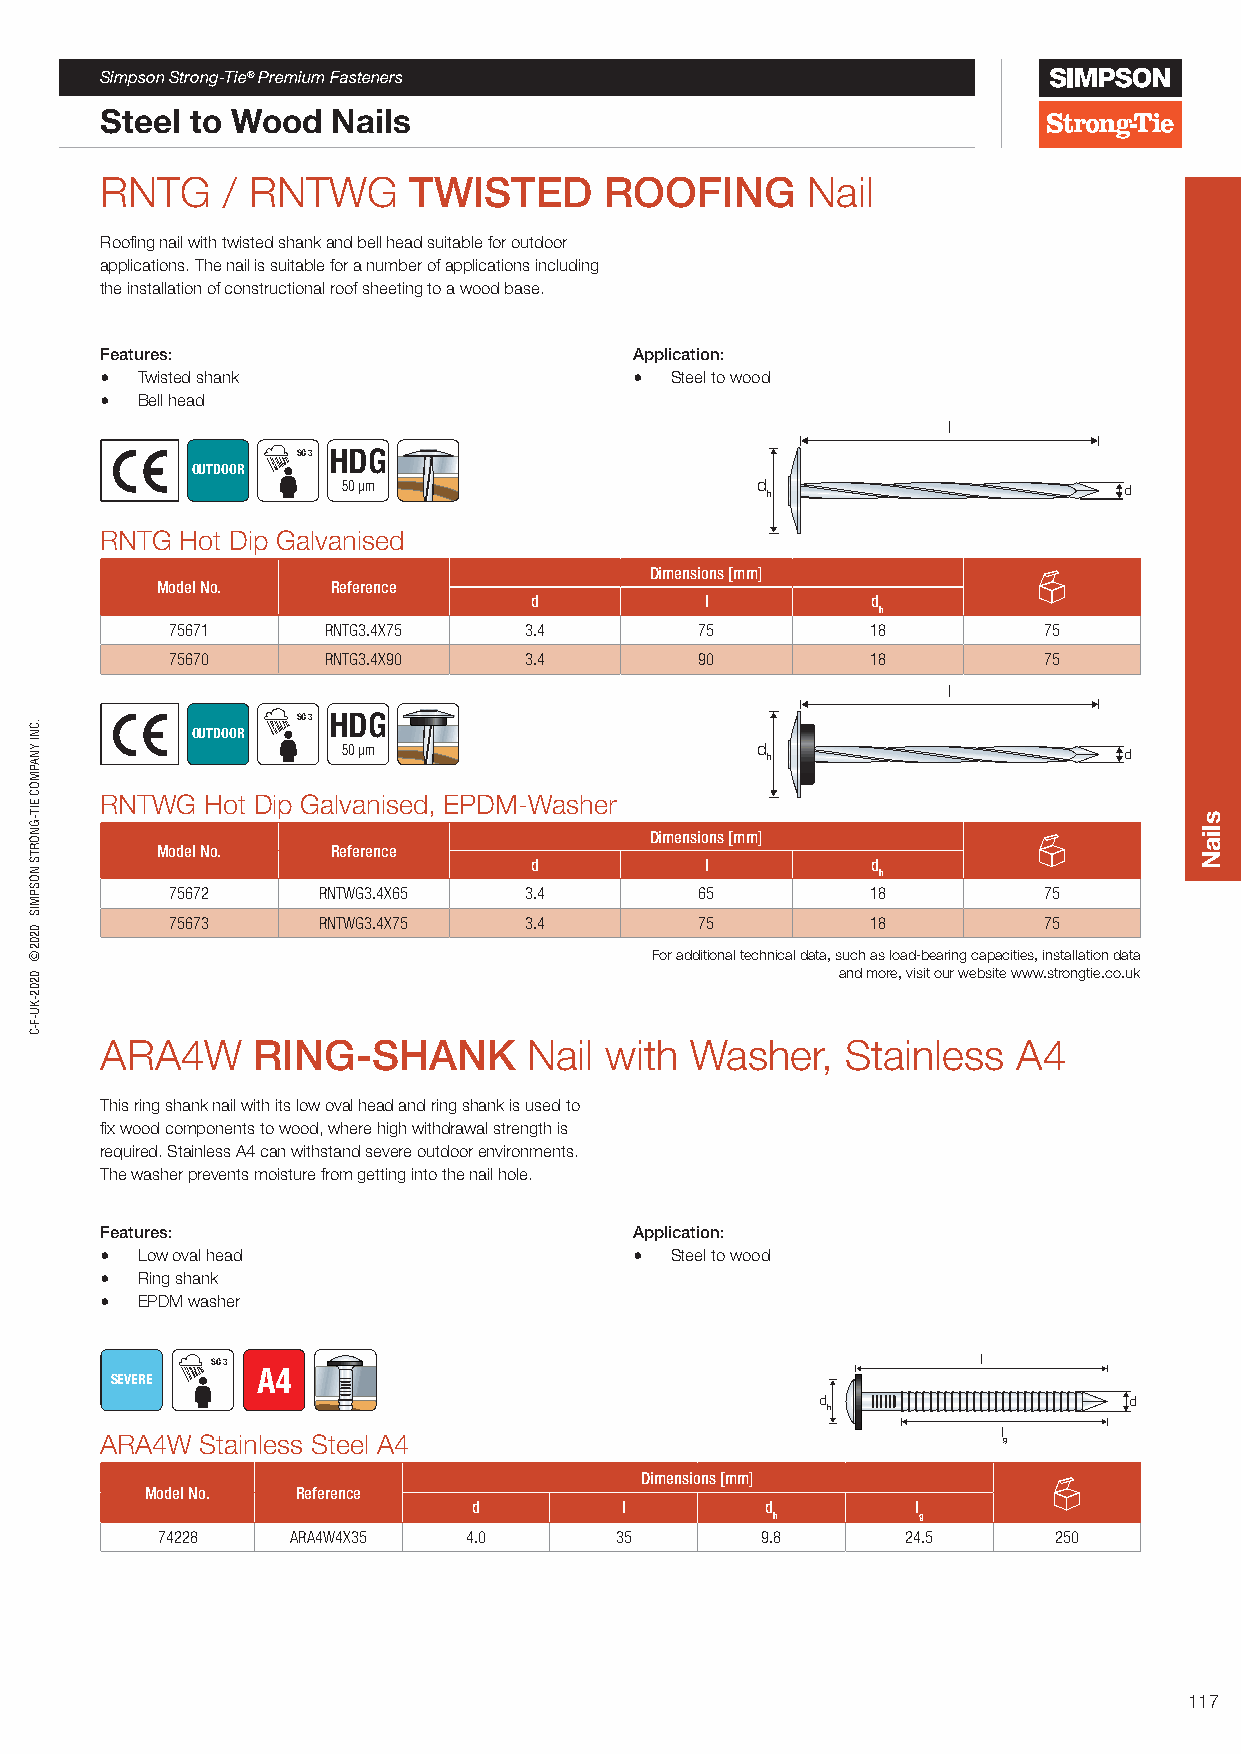
Simpson Strong-Tie® Premium Fasteners
 Steel to Wood  Nails
 RNTG    / RNTWG     TWISTED      ROOFING      Nail
 Roofing nail with twisted shank and bell head suitable for outdoor
 applications. The nail is suitable for a number of applications including
 the installation of constructional roof sheeting to a wood base.
 Features:                          Application:
 • Twisted shank                    • Steel to wood
 • Bell head
 l
 SC 3 HDG
 OUTDOOR
 50 µm                      d h                     d
 RNTG Hot Dip Galvanised
 Dimensions [mm]
 Model No.   Reference
 d           l          d
 h
 75671      RNTG3.4X75   3.4        75          18         75
 75670      RNTG3.4X90   3.4        90          18         75
 l
 SC 3 HDG
 OUTDOOR
 50 µm                      d h                     d
 RNTWG  Hot Dip Galvanised, EPDM-Washer
 Dimensions [mm]
 Model No.   Reference
 d           l          d
 h
 75672     RNTWG3.4X65   3.4        65          18         75
 75673     RNTWG3.4X75   3.4        75          18         75
 For additional technical data, such as load-bearing capacities, installation data
 and more, visit our website www.strongtie.co.uk
 ARA4W     RING-SHANK        Nail with  Washer,   Stainless  A4
 This ring shank nail with its low oval head and ring shank is used to
 fix wood components to wood, where high withdrawal strength is
 required. Stainless A4 can withstand severe outdoor environments.
 The washer prevents moisture from getting into the nail hole.
 Features:                          Application:
 • Low oval head                    • Steel to wood
 • Ring shank
 • EPDM washer
 SC 3                                               l
 SEVERE    A4
 d                    d
 h
 l
 ARA4W Stainless Steel A4                                   g
 Dimensions [mm]
 Model No. Reference
 d         l         d         l
 h         g
 74228    ARA4W4X35   4.0       35       9.8       24.5      250
 117
 .CNI
 YNAPMOC
 EIT-GNORTS
 NOSPMIS
 0202©
 0202-KU-F-C
 sliaN